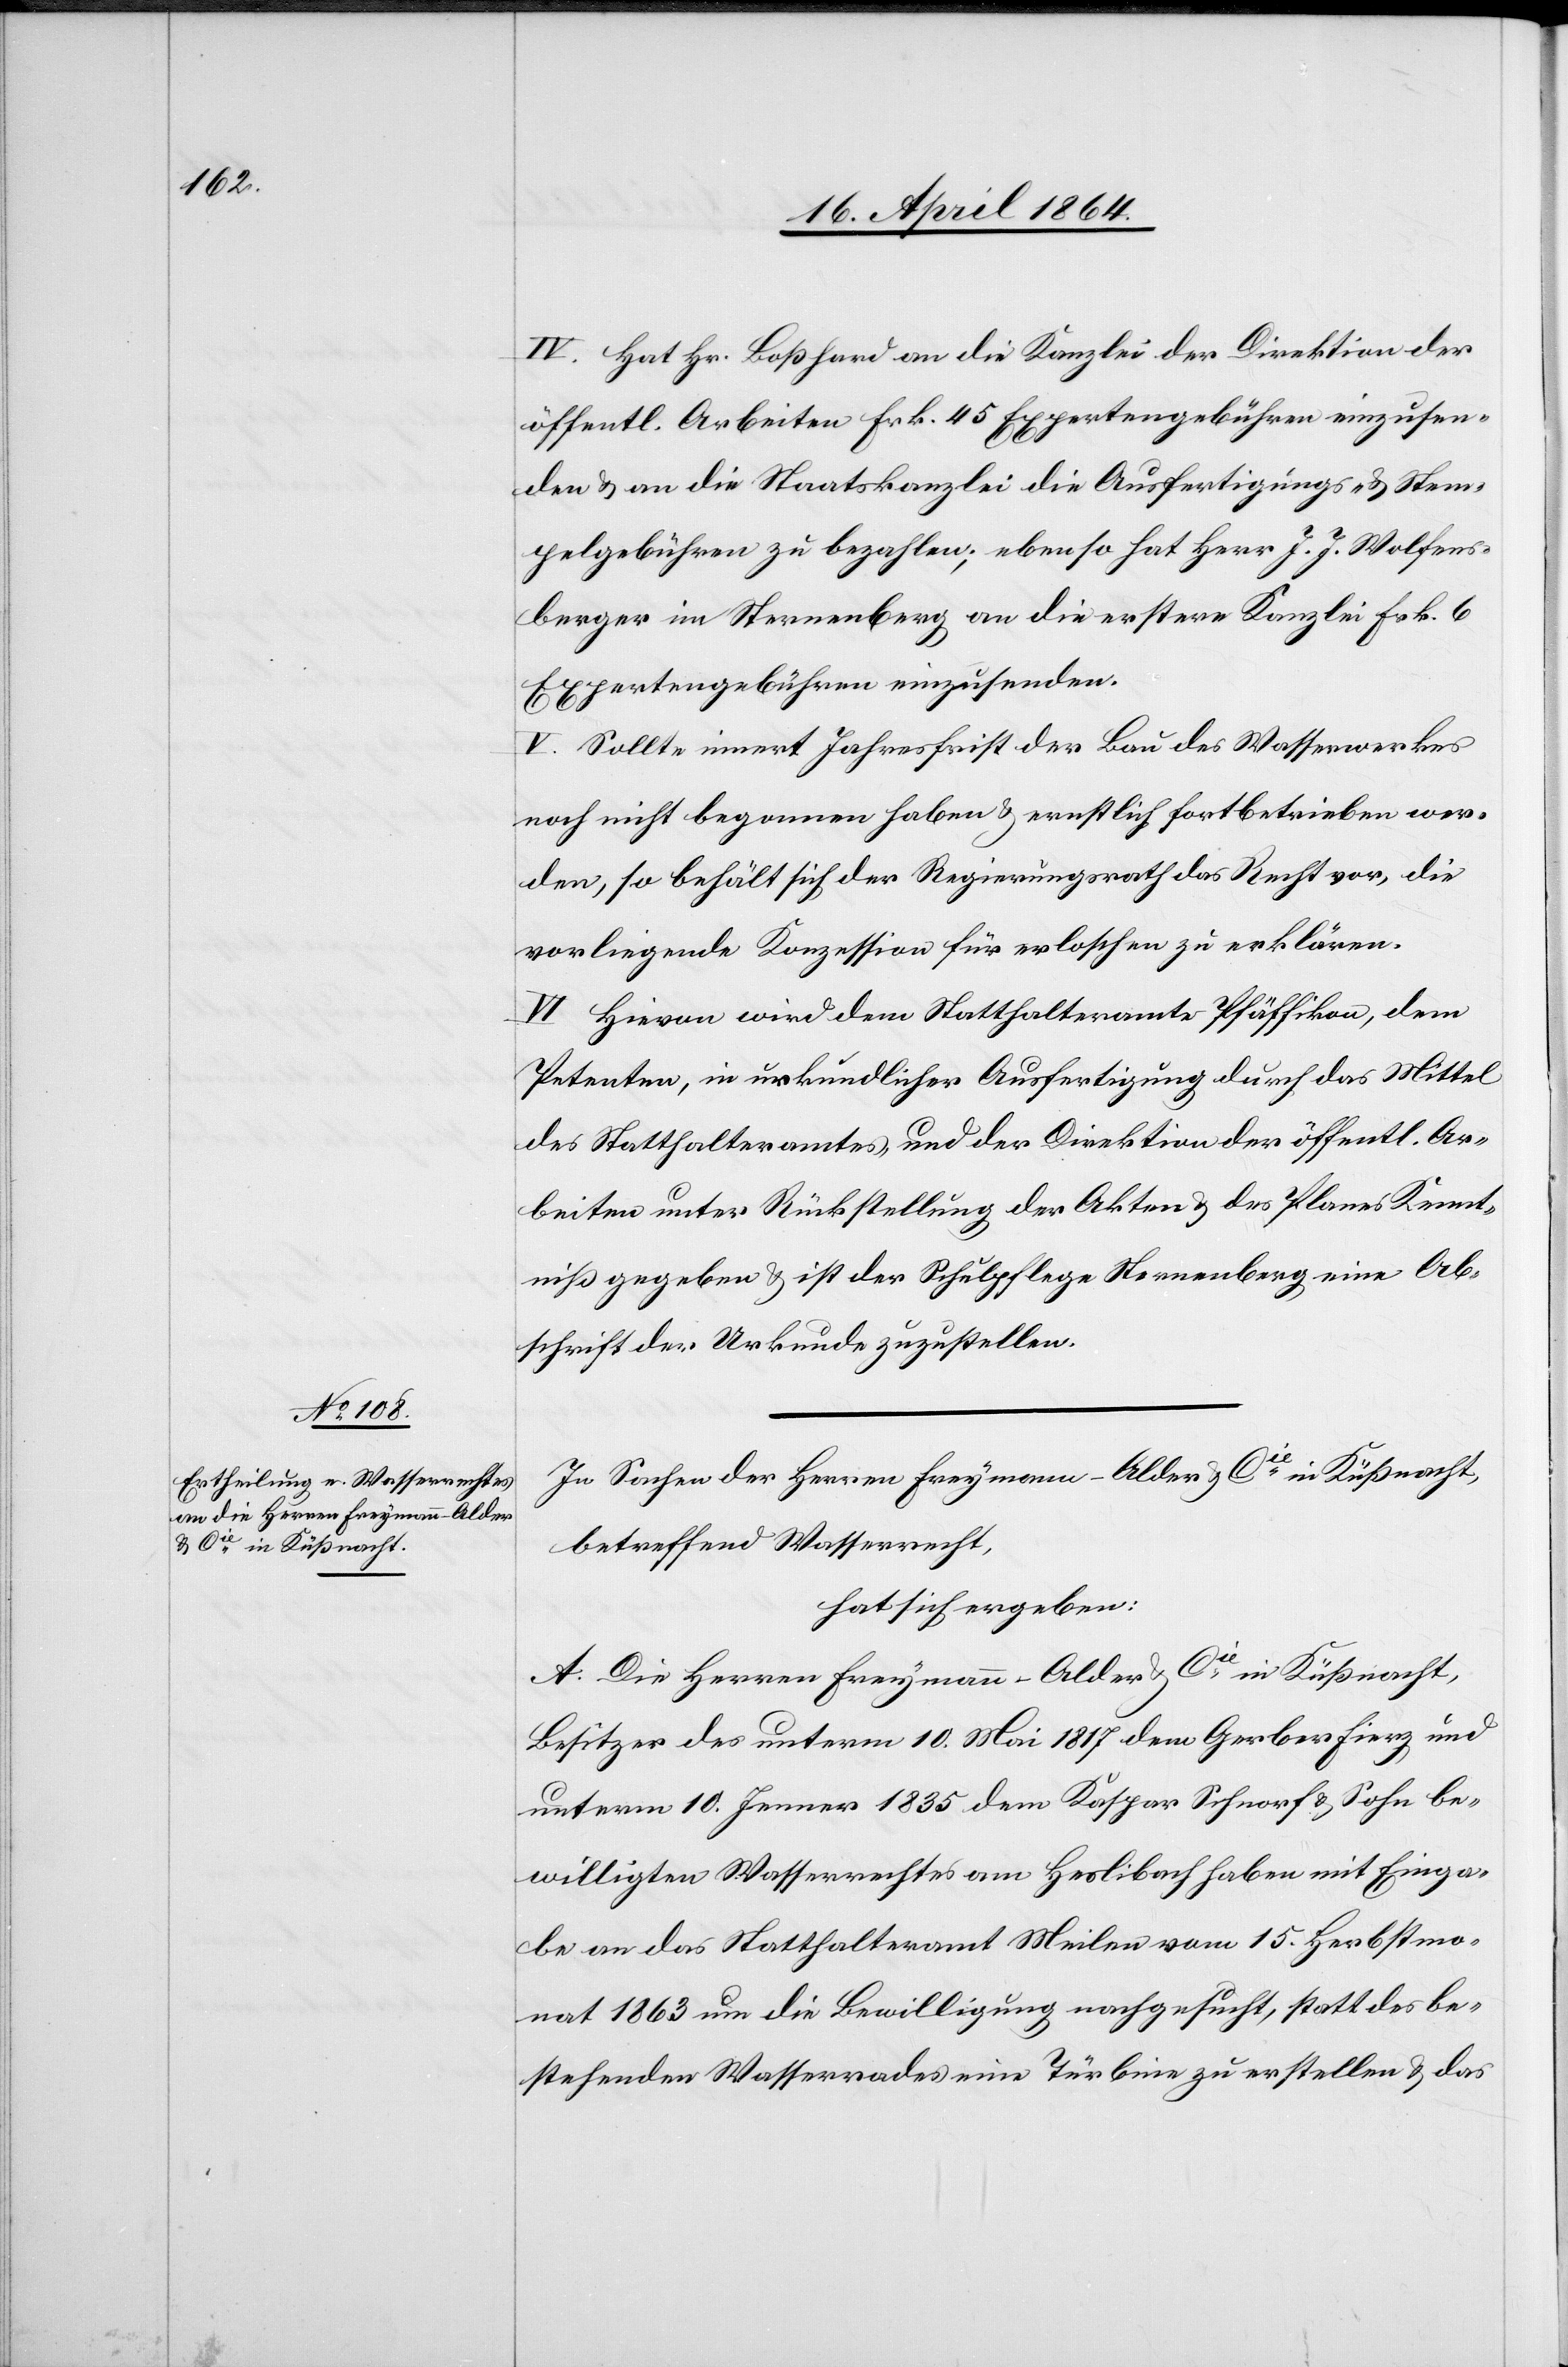
In Sachen der Herren Freymann-Alder & Cie in Küßnacht,
betreffend Wasserrecht,
hat sich ergeben:
A. Die Herren Freymann-Alder & Cie in Küßnacht,
Besitzer des unterm 10. Mai 1817 dem Gerber Fierz und
unterm 10. Jenner 1835 dem Kaspar Schnorf u. Sohn be¬
willigten Wasserrechtes am Haslibach haben mit Einga¬
be an das Statthalteramt Meilen vom 15. Herbstmo¬
nat 1863 um die Bewilligung nachgesucht, statt des be¬
stehenden Wasserrades eine Türbine zu erstellen u. das